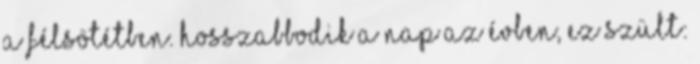
a félsötétben. Hosszabbodik a nap az évben, ez szült: